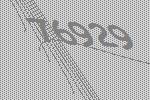
76929